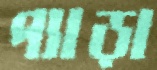
প্যাড়া